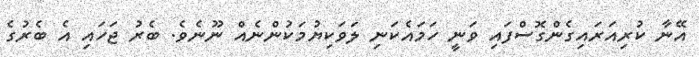
އޭނާ ކުރިއަރައިގެންގޮސްފައި ވަނީ ހަމައެކަނި ލަވަކިޔުމަކުންނެއް ނޫނެވެ. ބެރު ޖަހައި އެ ބެރުގެ